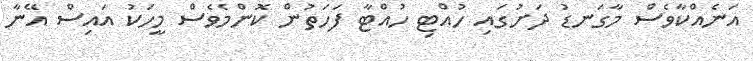
އަނެއްކާވެސް މާގަނޑު ދަށުގައި ހުއްޓި ހުއްޓާ ފަހަތުން ކޮންމެވެސް މީހަކު އައިސް އޭނާ